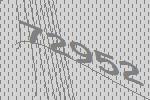
72952